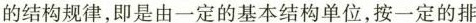
的结构规律，即是由一定的基本结构单位，按一定的排